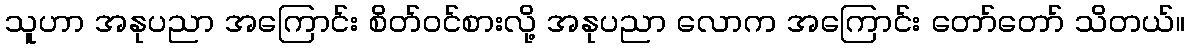
သူဟာ အနုပညာ အကြောင်း စိတ်ဝင်စားလို့ အနုပညာ လောက အကြောင်း တော်တော် သိတယ်။